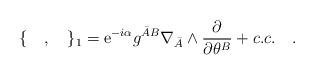
LaTeX: \begin{align*}\{\quad,\quad\}_1={\rm e}^{-i\alpha}{g^{{\bar A} B}}\nabla_{\bar A}\wedge\frac{\partial}{\partial\theta^B} +c.c.\quad.\end{align*}